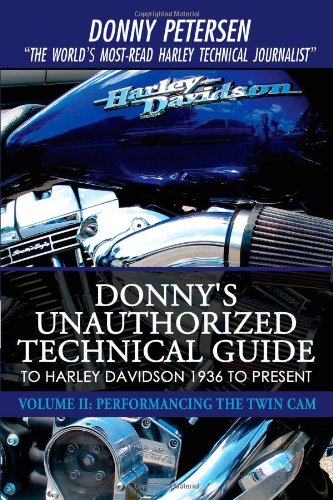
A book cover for Donny's Unauthorized Technical Guide to Harley Davidson 1936 to Present: Volume II: Performancing the Twin Cam; Donny Petersen; Reference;